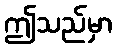
ဤသည်မှာ